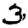
Digit: 3